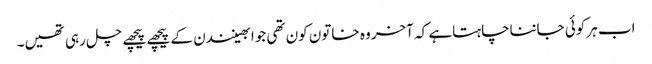
اب ہرکوئی جانناچاہتاہے کہ آخروہ خاتون کون تھی جوابھینندن کے پیچھے پیچھے چل رہی تھیں۔